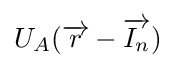
{\textstyle U_{A}({\overrightarrow {r}}-{\overrightarrow {I_{n}}})}